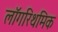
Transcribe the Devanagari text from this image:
लॉगरिथमिक